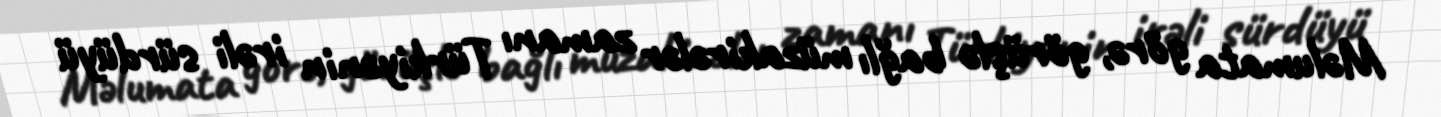
Məlumata görə, görüşlə bağlı müzakirələr zamanı Türkiyənin irəli sürdüyü